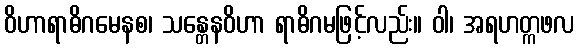
ဝိဟာရာဓိဂမေနစ၊ သန္တေနဝိဟာ ရာဓိဂမဖြင့်လည်း။ ဝါ၊ အရဟတ္ကဖလ